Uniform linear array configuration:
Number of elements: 16
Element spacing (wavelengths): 0.25
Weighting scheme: cosine
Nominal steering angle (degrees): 0
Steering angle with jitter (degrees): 0.4544
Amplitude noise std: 0.05
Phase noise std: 0.05

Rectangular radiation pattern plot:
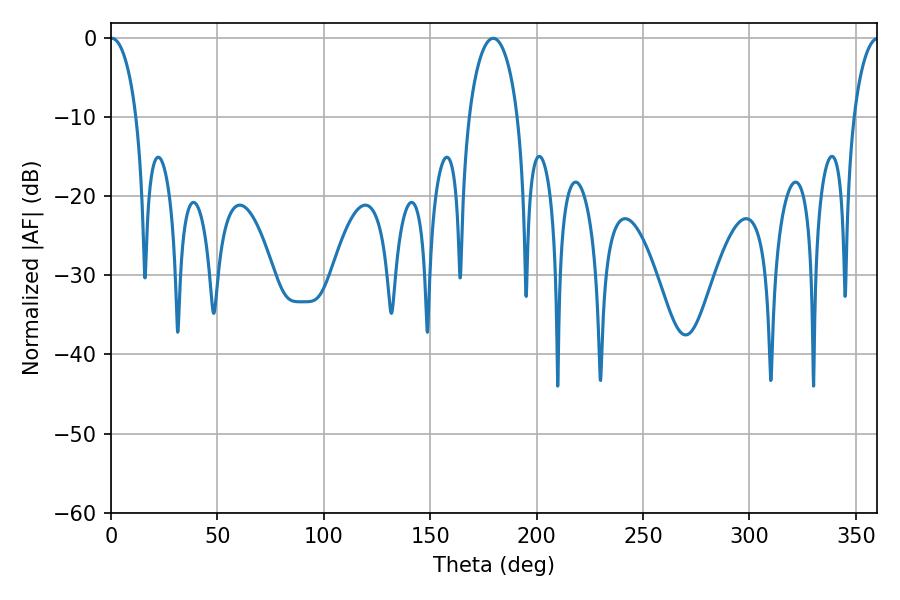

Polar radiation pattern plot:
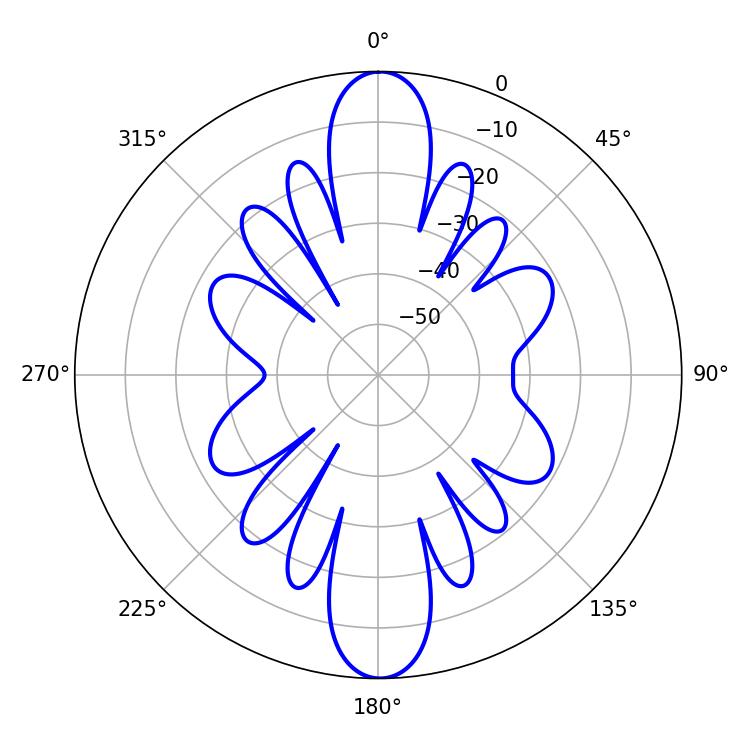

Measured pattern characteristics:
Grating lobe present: FALSE
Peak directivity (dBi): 27.785
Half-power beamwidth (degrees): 7.02
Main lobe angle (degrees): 0.36